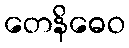
တေနိဓေဝ